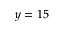
y = 1 5